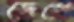
জেগে